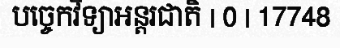
បច្ចេកវិទ្យាអន្តរជាតិ | 0 | 17748